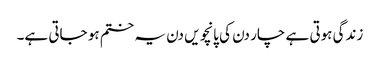
زندگی ہوتی ہے چار دن کی پانچویں دن یہ ختم ہو جاتی ہے۔